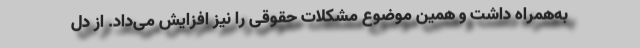
به‌همراه داشت و همین موضوع مشکلات حقوقی را نیز افزایش می‌داد. از دل